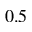
0 . 5